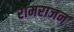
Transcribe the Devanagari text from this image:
रामराजन